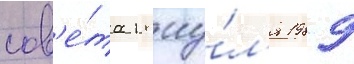
сов'е́та 18 иу́л'я 1989